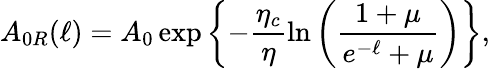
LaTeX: A_{0R}(\ell)=A_{0}\exp\left\{ -\frac{\eta_{c}}{\eta}\ln\left(\frac{1+\mu}{e^{-\ell}+\mu}\right)\right\} ,